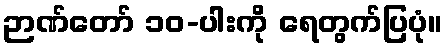
ဉာဏ်တော် ၁၀-ပါးကို ရေတွက်ပြပုံ။